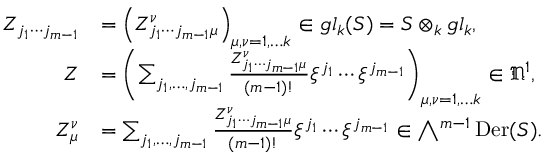
\begin{array} { r l } { Z _ { j _ { 1 } \cdots j _ { m - 1 } } } & { = \left( Z _ { j _ { 1 } \cdots j _ { m - 1 } \mu } ^ { \nu } \right) _ { \mu , \nu = 1 , \dots k } \in \mathfrak { g l } _ { k } ( S ) = S \otimes _ { \boldsymbol k } \mathfrak { g l } _ { k } , } \\ { Z } & { = \left( \sum _ { j _ { 1 } , \dots , j _ { m - 1 } } \frac { Z _ { j _ { 1 } \cdots j _ { m - 1 } \mu } ^ { \nu } } { ( m - 1 ) ! } \xi ^ { j _ { 1 } } \cdots \xi ^ { j _ { m - 1 } } \right) _ { \mu , \nu = 1 , \dots k } \in \mathfrak { N } ^ { 1 } , } \\ { Z _ { \mu } ^ { \nu } } & { = \sum _ { j _ { 1 } , \dots , j _ { m - 1 } } \frac { Z _ { j _ { 1 } \cdots j _ { m - 1 } \mu } ^ { \nu } } { ( m - 1 ) ! } \xi ^ { j _ { 1 } } \cdots \xi ^ { j _ { m - 1 } } \in \bigwedge \ \! \! \! ^ { m - 1 } \operatorname { D e r } ( S ) . } \end{array}